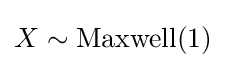
X\sim \operatorname {Maxwell} (1)